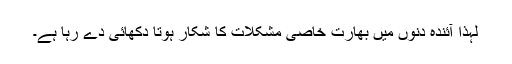
لہٰذا آئندہ دنوں میں بھارت خاصی مشکلات کا شکار ہوتا دکھائی دے رہا ہے۔